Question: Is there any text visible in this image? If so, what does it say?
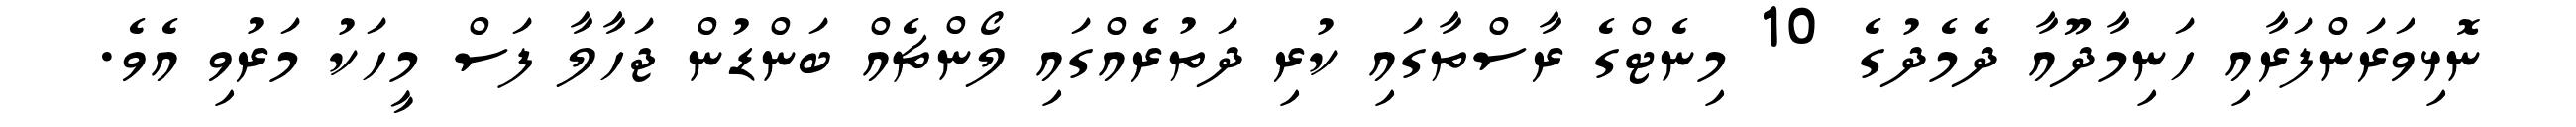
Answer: ނޮޅިވަރަންފަރާއި ހަނިމާދޫއާ ދެމެދުގެ 10 މިނެޓްގެ ރާސްތާގައި ކުރި ދަތުރެއްގައި ލޯންޗެއް ބަންޑުން ޖަހާލާ ފަސް މީހަކު މަރުވި އެވެ.